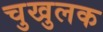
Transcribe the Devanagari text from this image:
चुखुलक